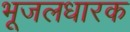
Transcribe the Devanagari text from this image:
भूजलधारक